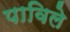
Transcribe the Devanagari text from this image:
पाविले